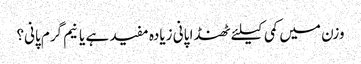
وزن میں کمی کیلئے ٹھنڈا پانی زیادہ مفید ہے یا نیم گرم پانی؟